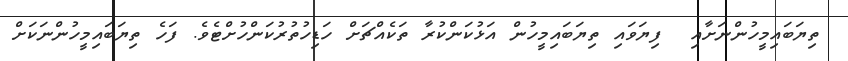
ތިޔަބައިމީހުންނަށާއި  ފިޔަވައި ތިޔަބައިމީހުން އަޅުކަންކުރާ ތަކެއްޗަށް ހަޑިހުތުރުކަންހުށްޓެވެ. ފަހެ ތިޔަބައިމީހުންނަކަށް